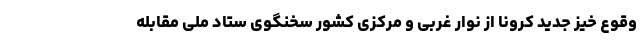
وقوع خیز جدید کرونا از نوار غربی و مرکزی کشور سخنگوی ستاد ملی مقابله